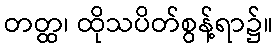
တတ္ထ၊ ထိုသပိတ်စွန့်ရာ၌။